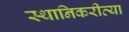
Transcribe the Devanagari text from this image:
स्थानिकरीत्या